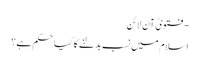
- فتویٰ آن لائن
اسلام میں نسب بدلنے کا کیا حکم ہے؟